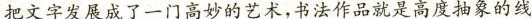
把文字发展成了一门高妙的艺术,书法作品就是高度抽象的线